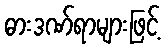
ဓားဒဏ်ရာများဖြင့်